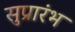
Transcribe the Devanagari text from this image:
सुप्रारंभ